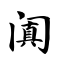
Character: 阗